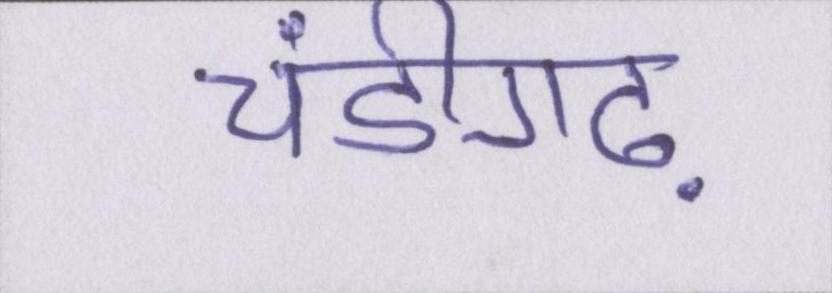
चंडीगढ़